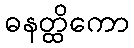
ဓနတ္ထိကော